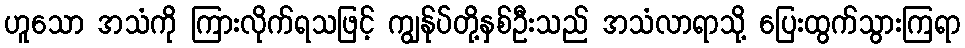
ဟူသော အသံကို ကြားလိုက်ရသဖြင့် ကျွန်ုပ်တို့နှစ်ဦးသည် အသံလာရာသို့ ပြေးထွက်သွားကြရာ